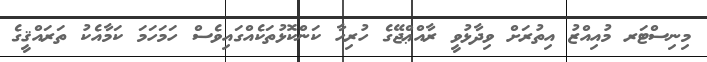
މިނިސްޓަރ މުއިއްޒު އިތުރަށް ވިދާޅުވީ ރާއްޢްޖޭގެ ހުރިހާ ކަންކޮޅުތަކެއްގައިވެސް ހަމަހަމަ ކަމާއެކު ތަރައްޤީގެ